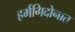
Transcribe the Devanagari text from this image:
हर्मगिदोनात